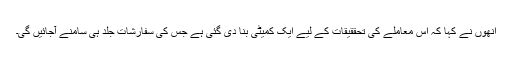
اُنھوں نے کہا کہ اس معاملے کی تحققیقات کے لیے ایک کمیٹی بنا دی گئی ہے جس کی سفارشات جلد ہی سامنے آجائیں گی۔